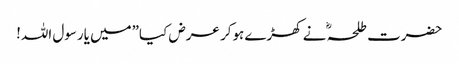
حضرت طلحہ ؓ نے کھڑے ہوکر عرض کیا”میں یارسول اللہ!